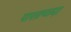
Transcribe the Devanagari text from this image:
पाश्व्रच्छदा